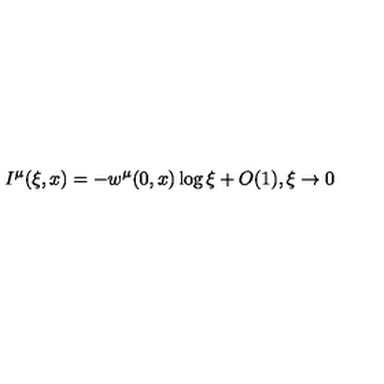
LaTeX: I ^ { \mu } ( \xi , x ) = - w ^ { \mu } ( 0 , x ) \log \xi + O ( 1 ) , \xi \to 0